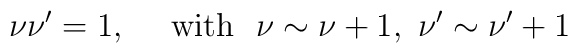
\nu\nu'=1, \ \ \ \  {\rm with}\ \ \nu\sim \nu+1, \  \nu'\sim \nu'+1